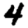
Digit: 4